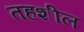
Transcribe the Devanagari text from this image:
तहशील